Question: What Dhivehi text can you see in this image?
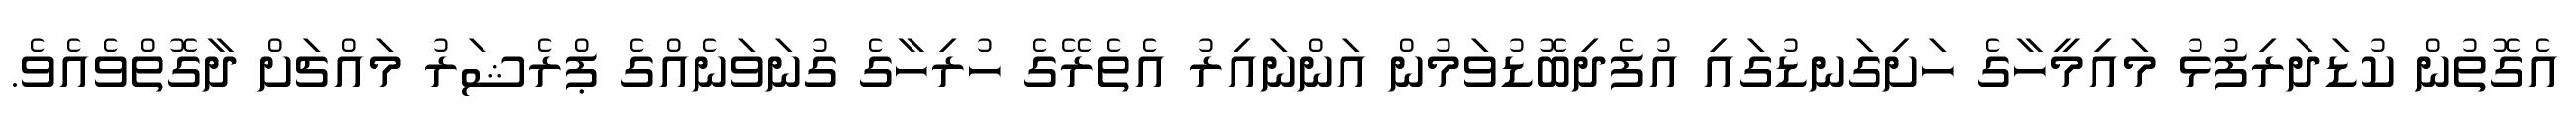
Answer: އެގޮތުން ކުޑަދަރިފުޅު މައިމީހާގެ ހަށިގަނޑުގައި އުފެދިބޮޑުވަމުން އަންނައިރު އެތެރޭގެ ހުރިހާގެ ގުނަވަނެއްގެ ޕްރެޝަރު މައްޗަށް ދާގޮތްވެއެވެ.